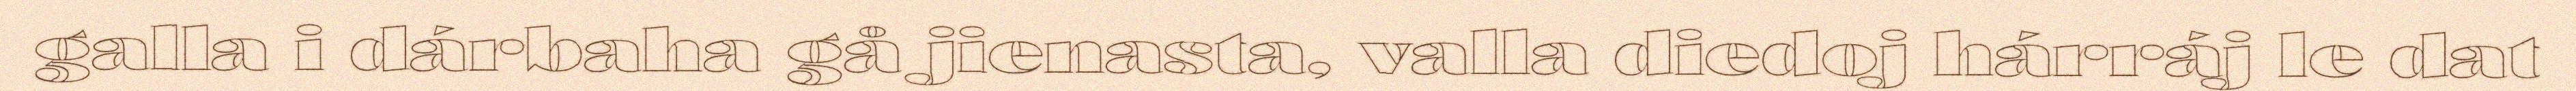
galla i dárbaha gå jienasta, valla diedoj hárráj le dat